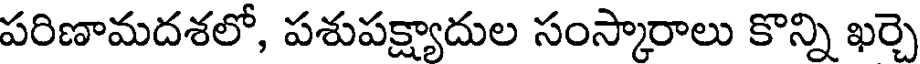
పరిణామదశలో, పశుపక్ష్యాదుల సంస్కారాలు కొన్ని ఖర్చె